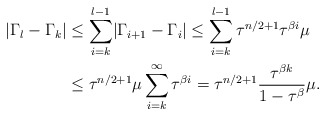
\begin{align*}\lvert \Gamma_{l}-\Gamma_{k}\rvert&\le \sum_{i=k}^{l-1}\lvert \Gamma_{i+1}-\Gamma_{i}\rvert\le \sum_{i=k}^{l-1}\tau^{n/2+1}\tau^{\beta i}\mu\\&\le \tau^{n/2+1}\mu\sum_{i=k}^{\infty}\tau^{\beta i}=\tau^{n/2+1}\frac{\tau^{\beta k}}{1-\tau^{\beta}}\mu.\end{align*}